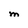
Character: M